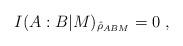
LaTeX: \begin{align*}I(A:B|M)_{\hat{\rho}_{ABM}} = 0\;,\end{align*}